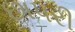
છાપરી